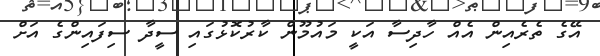
އޭގެ ތެރެއިން އެއް ހާދިސާ އަކީ މައުމޫން ކާރުކޮޅުގައި ސީދާ ސިފައިންގެ އަށް